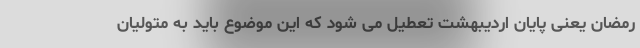
رمضان یعنی پایان اردیبهشت تعطیل می شود که این موضوع باید به متولیان